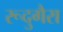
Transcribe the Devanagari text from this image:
रूदुगैरा